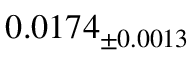
0 . 0 1 7 4 _ { \pm 0 . 0 0 1 3 }